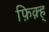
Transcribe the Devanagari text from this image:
फ़िक़्ह्